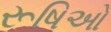
રૂષિઓ